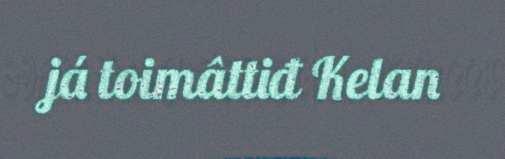
já toimâttiđ Kelan